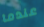
عندما